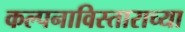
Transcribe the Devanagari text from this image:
कल्पनाविस्ताराच्या